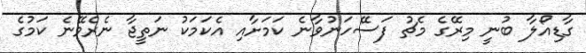
ގާޑިއޯލާ ބުނީ މިރޭގެ މެޗު ފަސޭހަނުވާނެ ކަމަށާއި އެކަމަކު ނަތީޖާ ނެރެވޭނެ ކަމުގެ